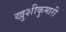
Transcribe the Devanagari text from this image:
खुशीकुमारी